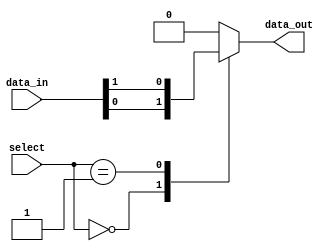
module mux128_1(input [127:0] data_in,
             input [6:0] select,
             output reg data_out);

always @(*)
begin
    case(select)
        7'b0000000: data_out = data_in[0];
        7'b0000001: data_out = data_in[1];
        // Continue for all 128 input signals
        //Data_in[0] corresponds to select 7'b0000000, Data_in[1] corresponds to select 7'b0000001 and so on
        default: data_out = 1'b0;  //Default output value
    endcase
end

endmodule